Bréfritari: Þrúður Jónsdóttir
Viðtakandi: Jón Borgfirðingur
Dagsetning: A-1853-12-30
Skrifað á: Vatnshorni í Haukadal  Dal.
Óvíst

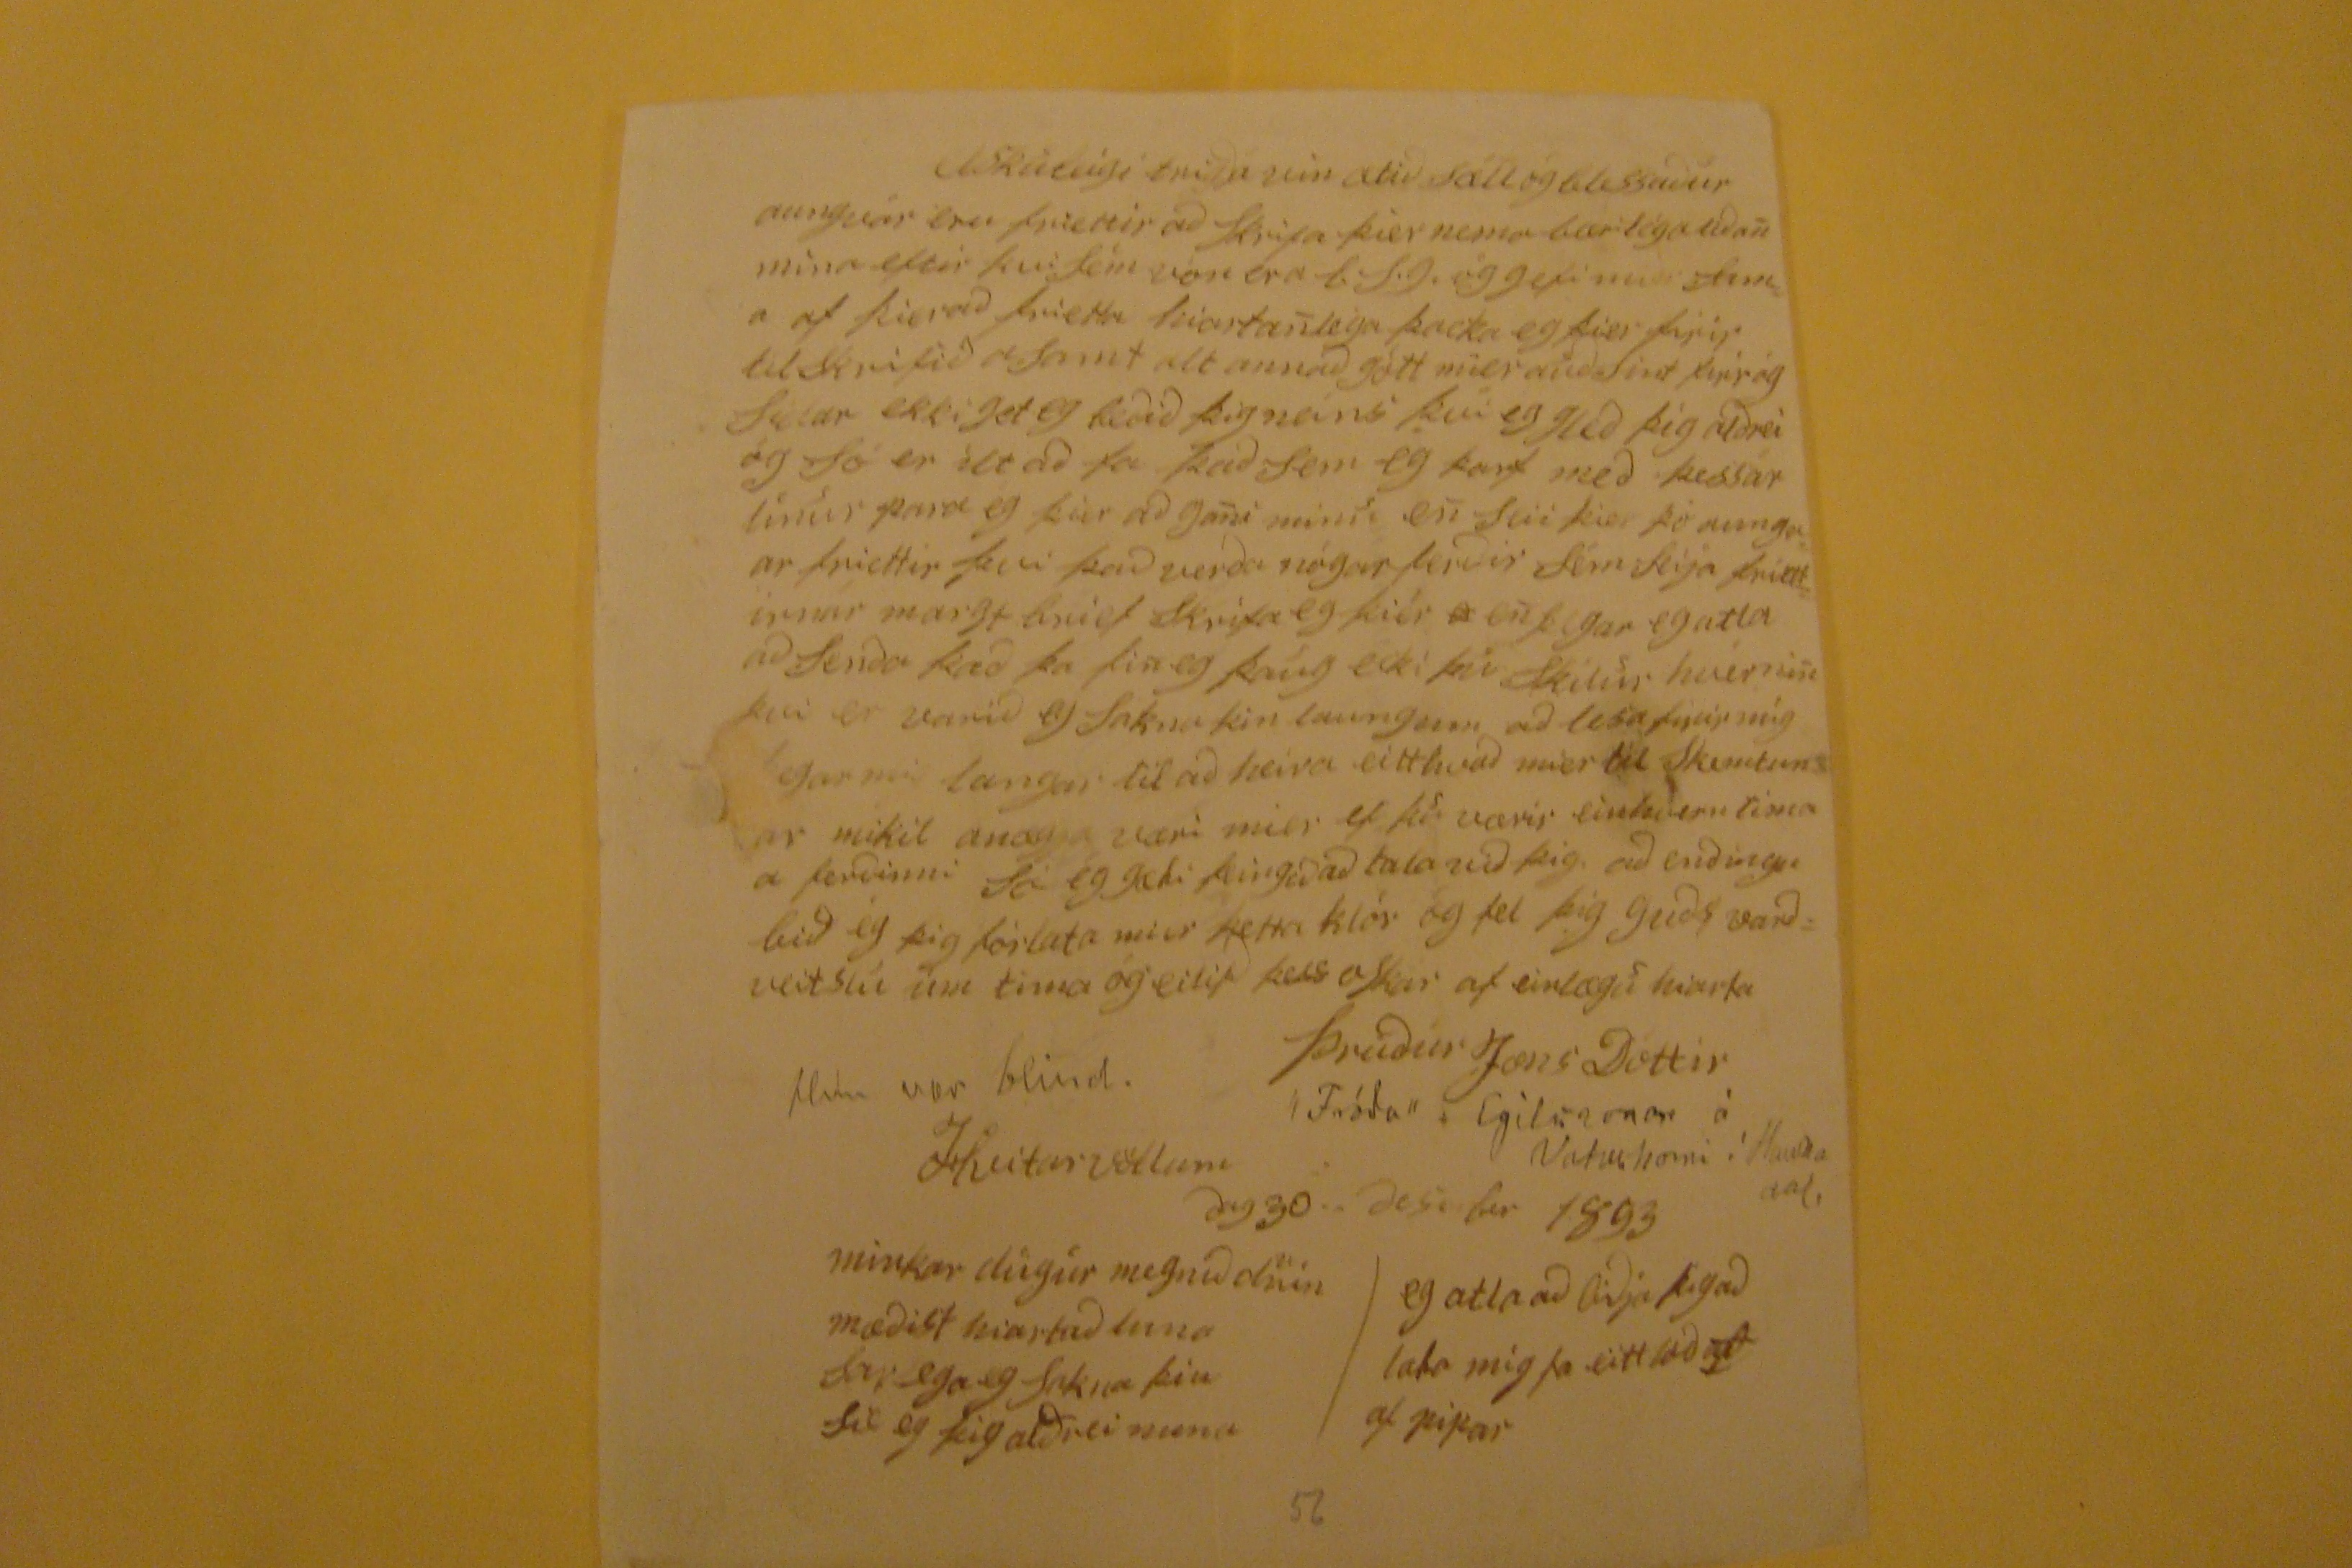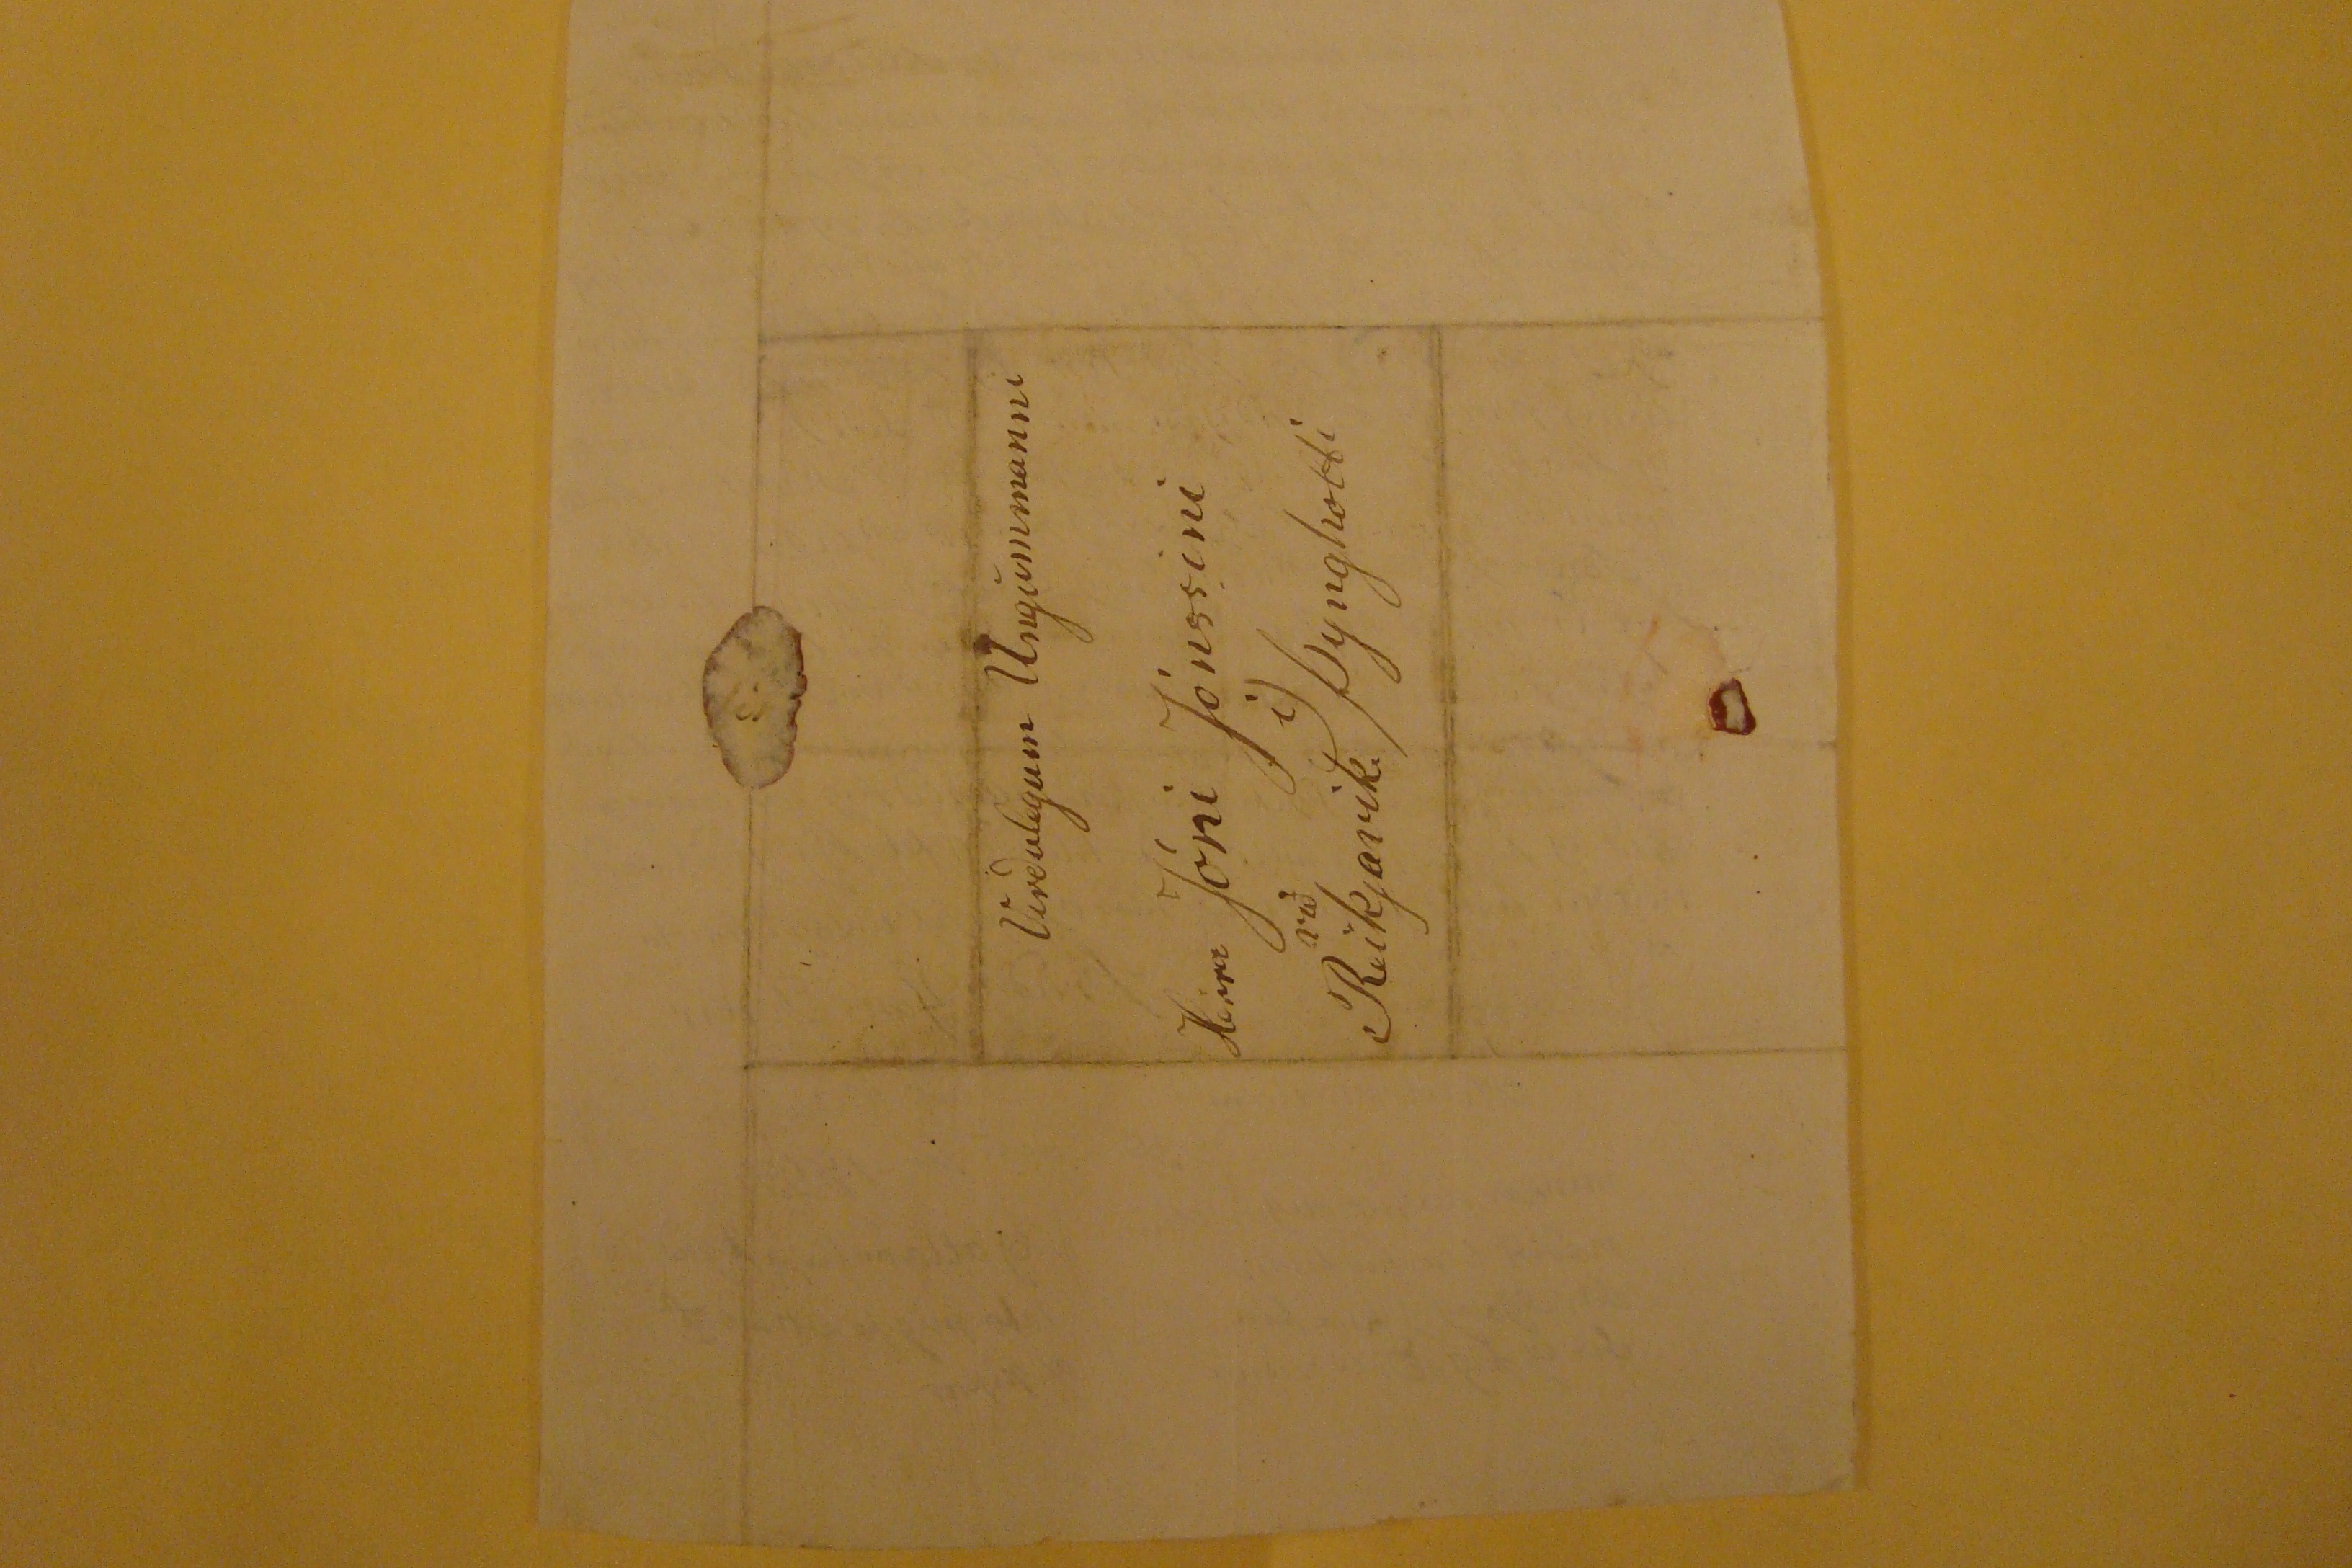

Elskuleigi
trigda
vin ætid sæll og blessadur
aunvar eru friettir ad skrifa þier nema bærilega lidan mìna eftir þvi sem von er a
l.S.G.
og gefi mier tima af þier ad frietta hiartanlega þacka eg þier firir tilskrifid asamt alt annad gótt mier audsint firr og sidar ekki get eg bedid þig neins þvi eg gjed þig aldrei og só er ilt fa þad sem eg þarf med þessar linur para eg þier ad gani minu en seii þier þó aungaar friettir þvi þad verda nógar ferdir sem
hja
friettirnar margt brief skrifa eg þiér en þegar eg atla ad Senda þad þa fin eg þaug ecki þú skilur hvernin þvi er varid eg sakna þin laungum ad lesa fyrir mig
garnir langar til ad heira eitthvad mér til Skemtunar mikil anægja væri mier ef þu værir einhvern tima a ferdinni Só eg gæti feigid ad tala vid þig. ad endingu bid ég þig fórlata mier þetta klór og tel þig guds vardveitsín um tima og eilifd þess oskar af einlægu hiarta
Þrúdur Jons Dóttir
Fróda Egilssonar á Vatnshorni ì Haukadal
Hún var blind
Hvitarvöllum dag 30. des ber 1853
eg atla ad bidja þig ad lata mig fa eitt læd
af
af pipar
minkar dugur megnad duin
mædist hiartad luna
sarlega eg sakna þin
sé eg þig aldrei nuna
Virdulegum Ungummanni
Herra Jóni Jónssini
ì/Þyngholti
við
Reikjavìk